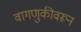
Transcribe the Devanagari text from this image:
वागणुकीवरून